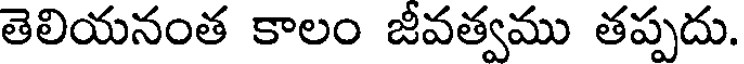
తెలియనంత కాలం జీవత్వము తప్పదు.